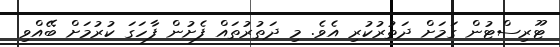
ޓޫރިސްޓުން ގަމަށް ދަތުރުކުރި އެވެ. މި ދަތުރުތައް ފެށުން ފާހަގަ ކުރުމަށް ބޭއްވި